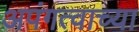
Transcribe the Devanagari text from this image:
अपंगत्वाच्या